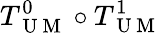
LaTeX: T_{\mathrm{~U~M~}}^{0}\circ T_{\mathrm{~U~M~}}^{1}